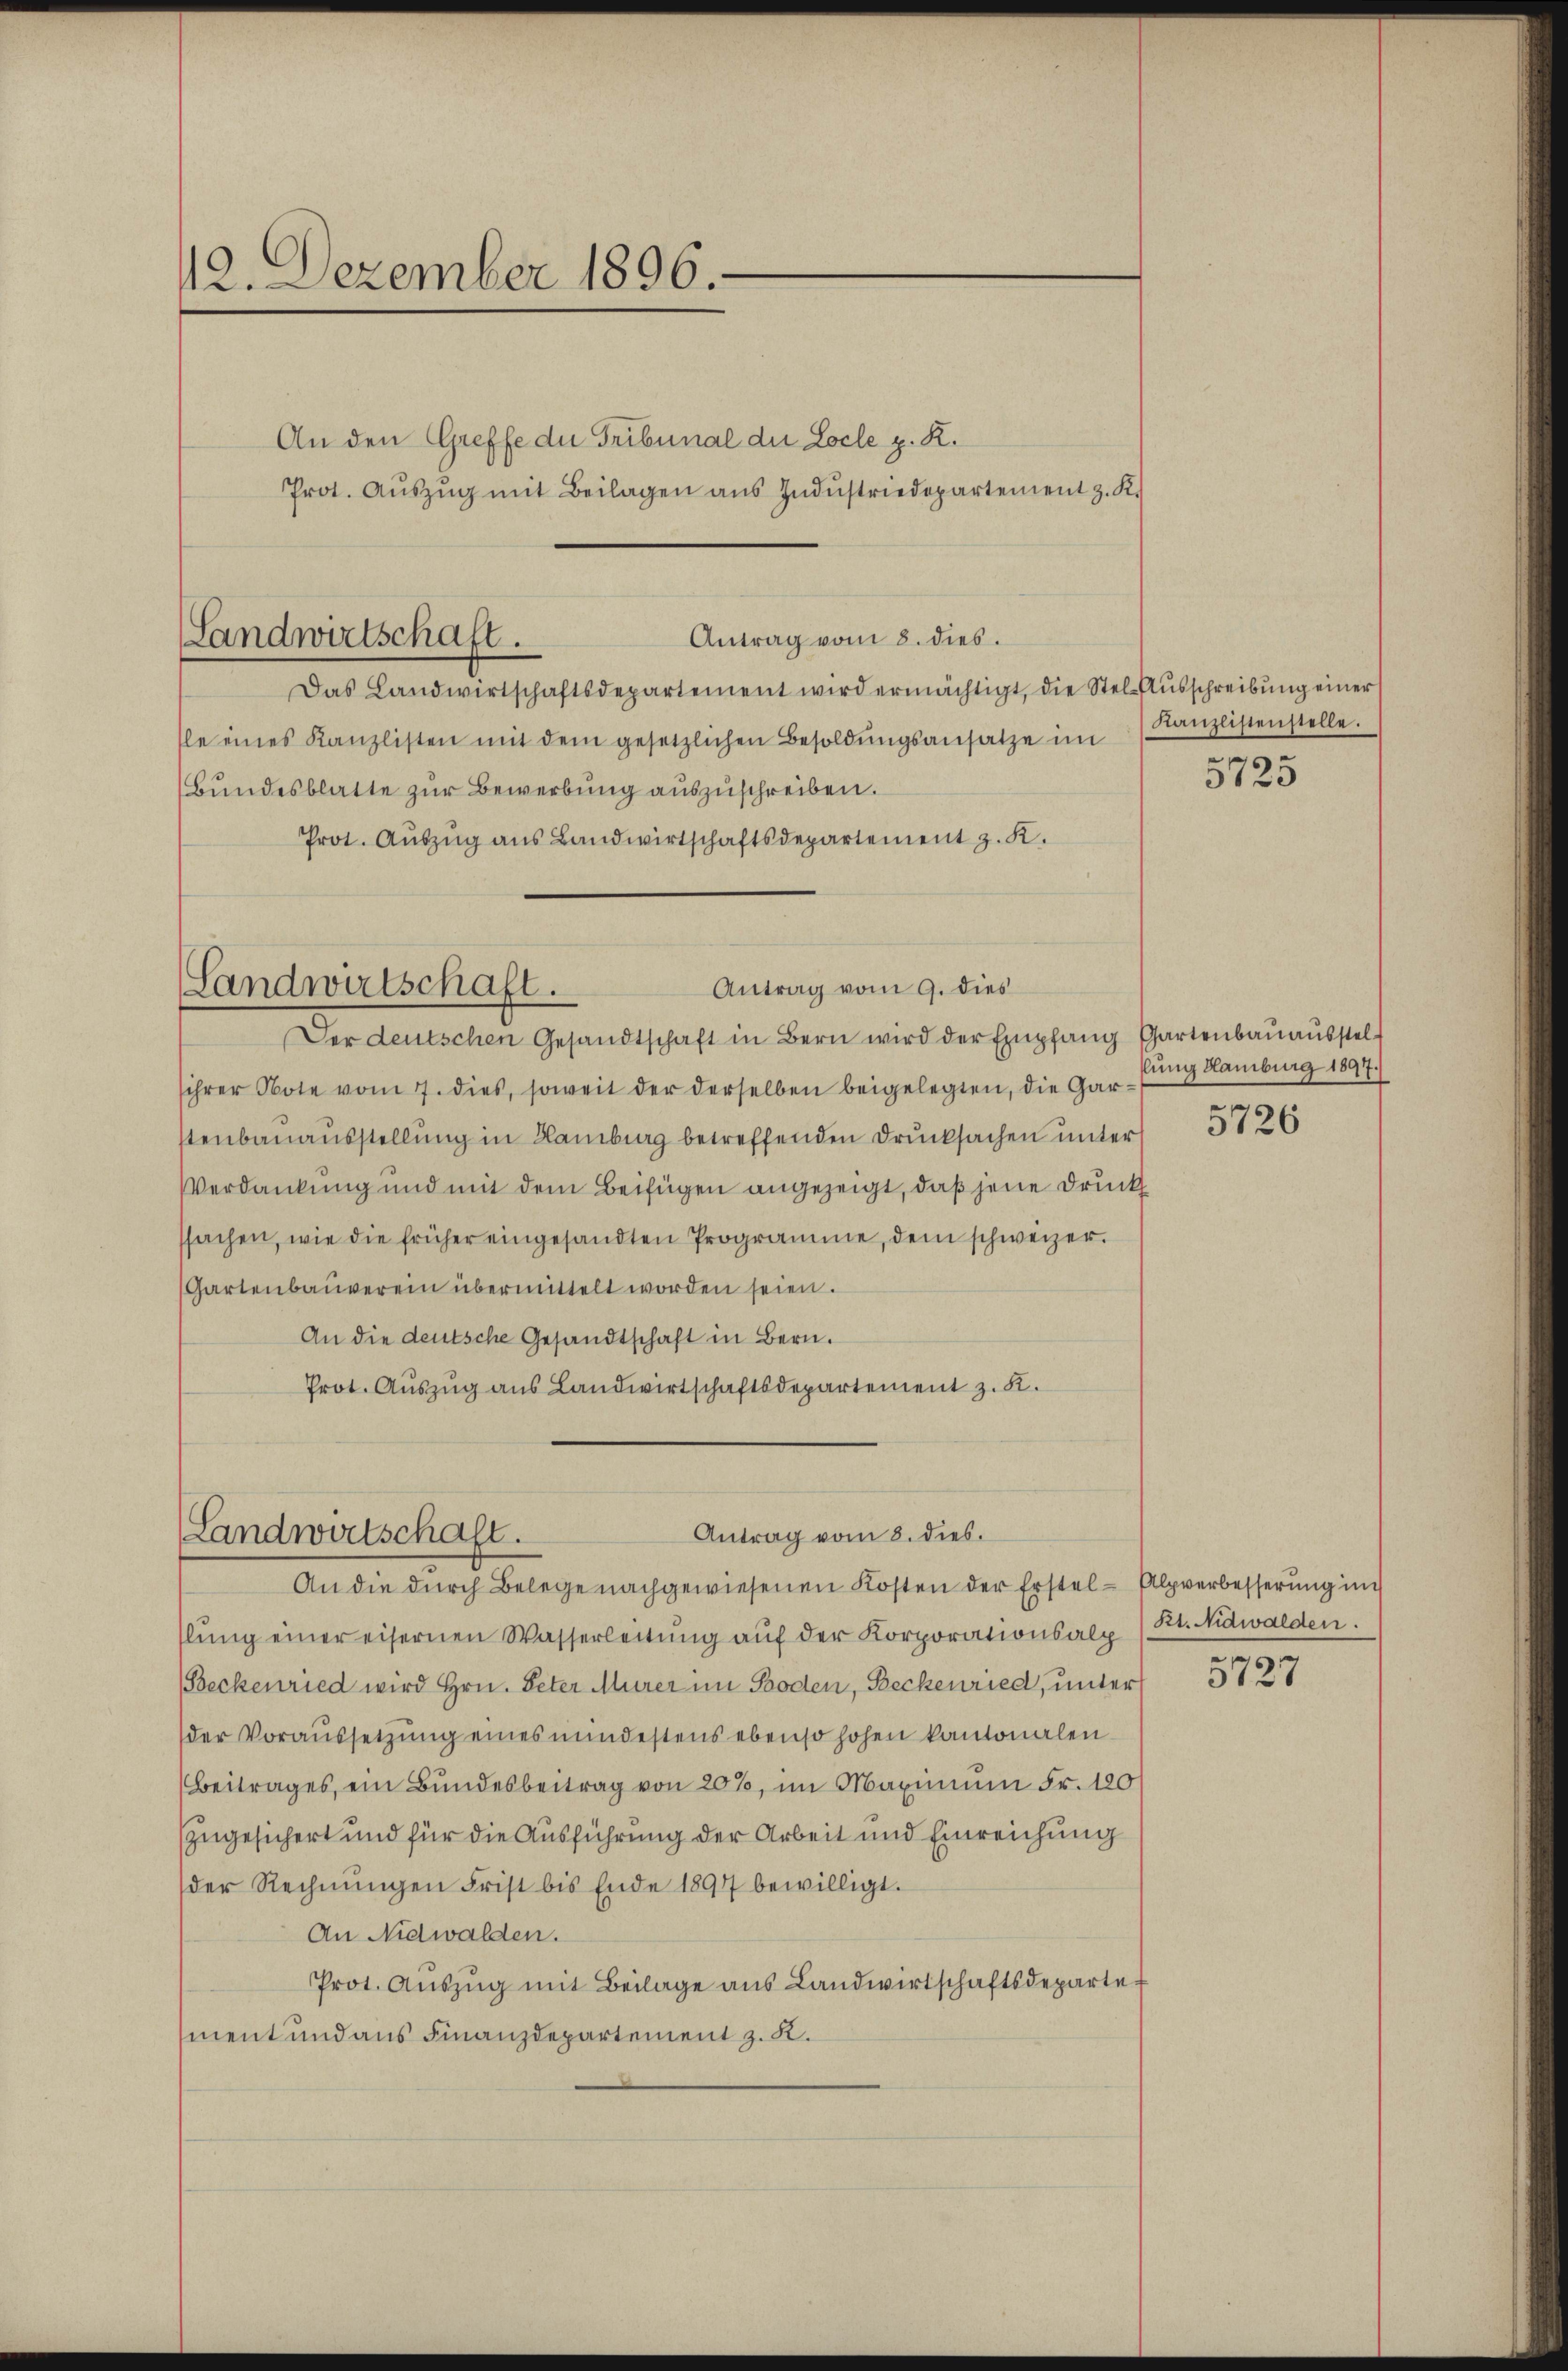
12. Dezember 1896.

Antrag vom 8. dies.
Das Landwirtschaftsdepartement wird ermächtigt, die Stel-Aŭsschreibŭng einer
sle eines Kanzlisten mit dem gesetzlichen Besoldŭngsansatze im
Bundesblatte zur Bewerbung auszuschreiben.
Prot. Aŭszŭg ans Landwirtschaftsdepartement z. K.

An den Greffe du Tribunal der Loche z. R.
Prot. Aŭszŭg mit Beilagen aŭs Indŭstriedepartement z. K.

Landwirtschaft.

Antrag vom 9. dies
Landwirtschaft.

Antrag vom 8. dies.
Landwirtschaft.
An die durch Belege nachgewiesenen Kosten der Erstel-Alpverbesserung im

Kanzlistenstelle.

Der deutschen Gesandtschaft in Bern wird der Empfang Gartenbauausstelihrer Note vom 7. dies, soweit der derselben beigelegten, die Garstenbauausstellung in Hamburg betreffenden Drucksachen unter
Verdankung und mit dem Beifügen angezeigt, daß jene Druck
ssachen, wie die früher eingesandten Programme, dem schweizer¬
Gartenbaŭverein übermittelt worden seien.
An die deutsche Gesandtschaft in Bern.
Prot. Aŭszŭg aŭs Landwirtschaftsdepartement z. K.

llung einer eisernen Wasserleitung auf der Korporationsalp
Beckenried wird Hrn. Peter Murer im Boden, Beckenried, unter
der Voraussetzŭng eines mindestens ebenso hohen kantonalen
Beitrages, ein Bundesbeitrag von 20%, im Maximum Fr. 180
zugesichert und für die Ausführung der Arbeit und Einreichung
der Rechnŭngen Frist bis Ende 1897 bewilligt.
An Nidwalden.
Prot. Aŭszŭg mit Beilage ans Landwirtschaftsdeparte
ment und aus Finanzdepartement z. K.

5725

llung Hamburg 1897.
5726

Kt. Nidwalden.

5727